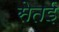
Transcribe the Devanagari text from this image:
सेतई